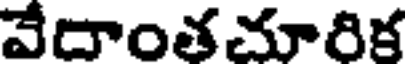
వేదాంతచూరిక